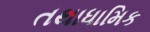
તથાધામિક